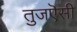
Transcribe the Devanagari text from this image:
तुजऎसी